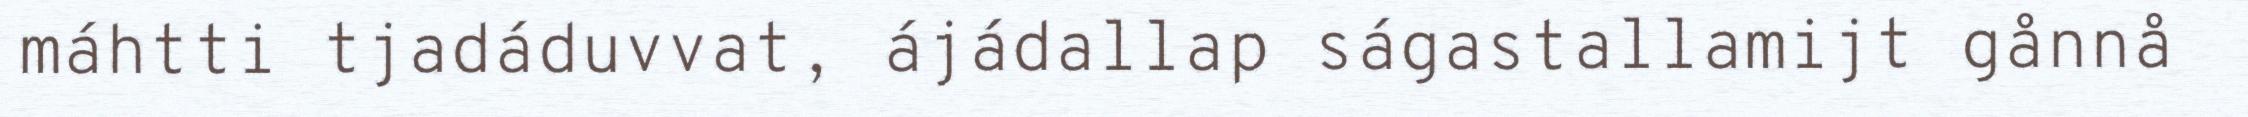
máhtti tjadáduvvat, ájádallap ságastallamijt gånnå